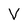
Character: V